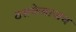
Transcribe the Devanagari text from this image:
ठसकेबाजच